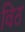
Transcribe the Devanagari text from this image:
विठ